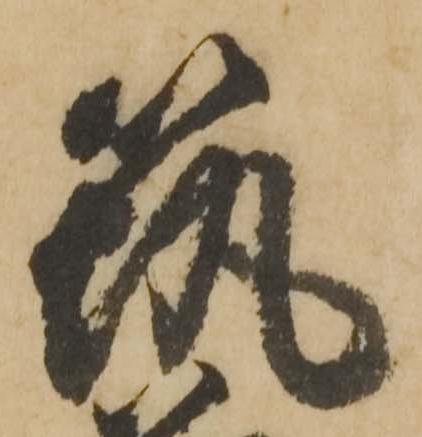
筑